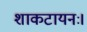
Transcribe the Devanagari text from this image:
शाकटायनः।